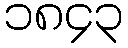
၁၈၄၃